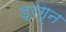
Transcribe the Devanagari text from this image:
ड्रगून